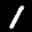
Label: 1